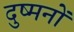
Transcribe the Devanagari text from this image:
दुष्मनों